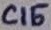
Text: C15